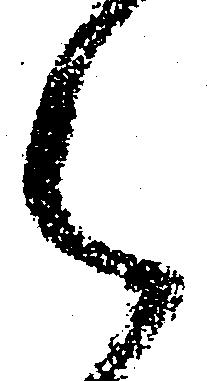
之